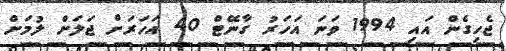
ޖެހިގެން އައި 1994 ވަނަ އަހަރު ގާނޭޓް 40 އަހަރަށް ޖަލަށް ލުމަށް